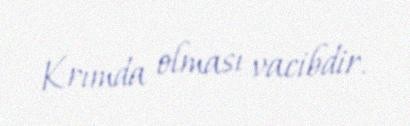
Krımda olması vacibdir.